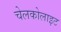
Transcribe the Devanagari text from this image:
चेलकोलाइट